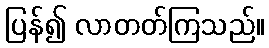
ပြန်၍ လာတတ်ကြသည်။